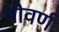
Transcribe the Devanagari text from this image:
चौवर्ण